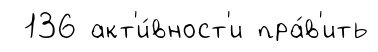
136 акт'и́вност'и пра́в'ить